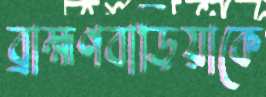
ব্রাহ্মণবাড়িয়াকে